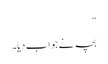
“
بچہ نے جواب دیا۔